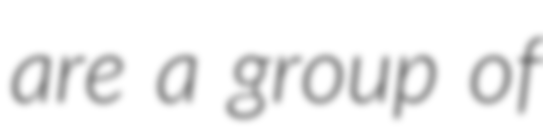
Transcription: are a group of